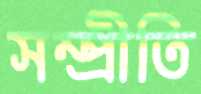
সম্প্রীতি